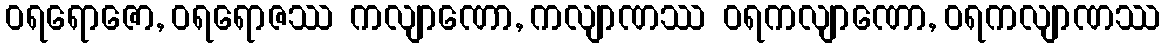
ဝရရောဇော, ဝရရောဇဿ ကလျာဏော, ကလျာဏဿ ဝရကလျာဏော, ဝရကလျာဏဿ